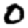
Digit: 0